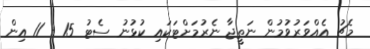
މެޗު އެއްވަރުވުމުން ނަތީޖާ ނެރުމަށްޓަކައި ކުޅުނު ސެޓު 15 - 11 އިން